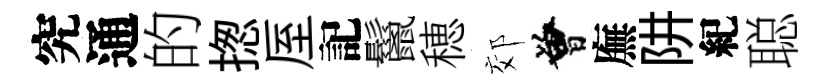
究通的揔厔記鬣穂郊曾廡阱紀聪